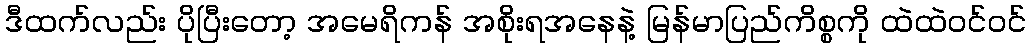
ဒီထက်လည်း ပိုပြီးတော့ အမေရိကန် အစိုးရအနေနဲ့ မြန်မာပြည်ကိစ္စကို ထဲထဲဝင်ဝင်